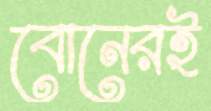
বোনেরই